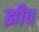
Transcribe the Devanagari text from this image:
झीव